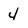
Character: 4